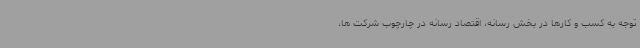
توجه به کسب و کارها در بخش رسانه، اقتصاد رسانه در چارچوب شرکت ها،